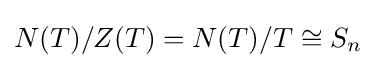
N(T)/Z(T)=N(T)/T\cong S_{n}